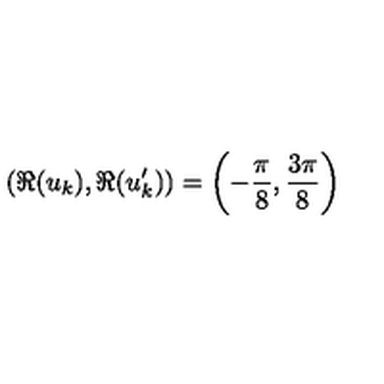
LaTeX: \left( \Re ( u _ { k } ) , \Re ( u _ { k } ^ { \prime } ) \right) = \left( - \frac { \pi } { 8 } , \frac { 3 \pi } { 8 } \right)